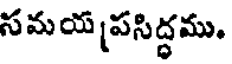
సమయ పసిద్ధము,